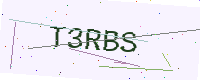
Text: T3RBS